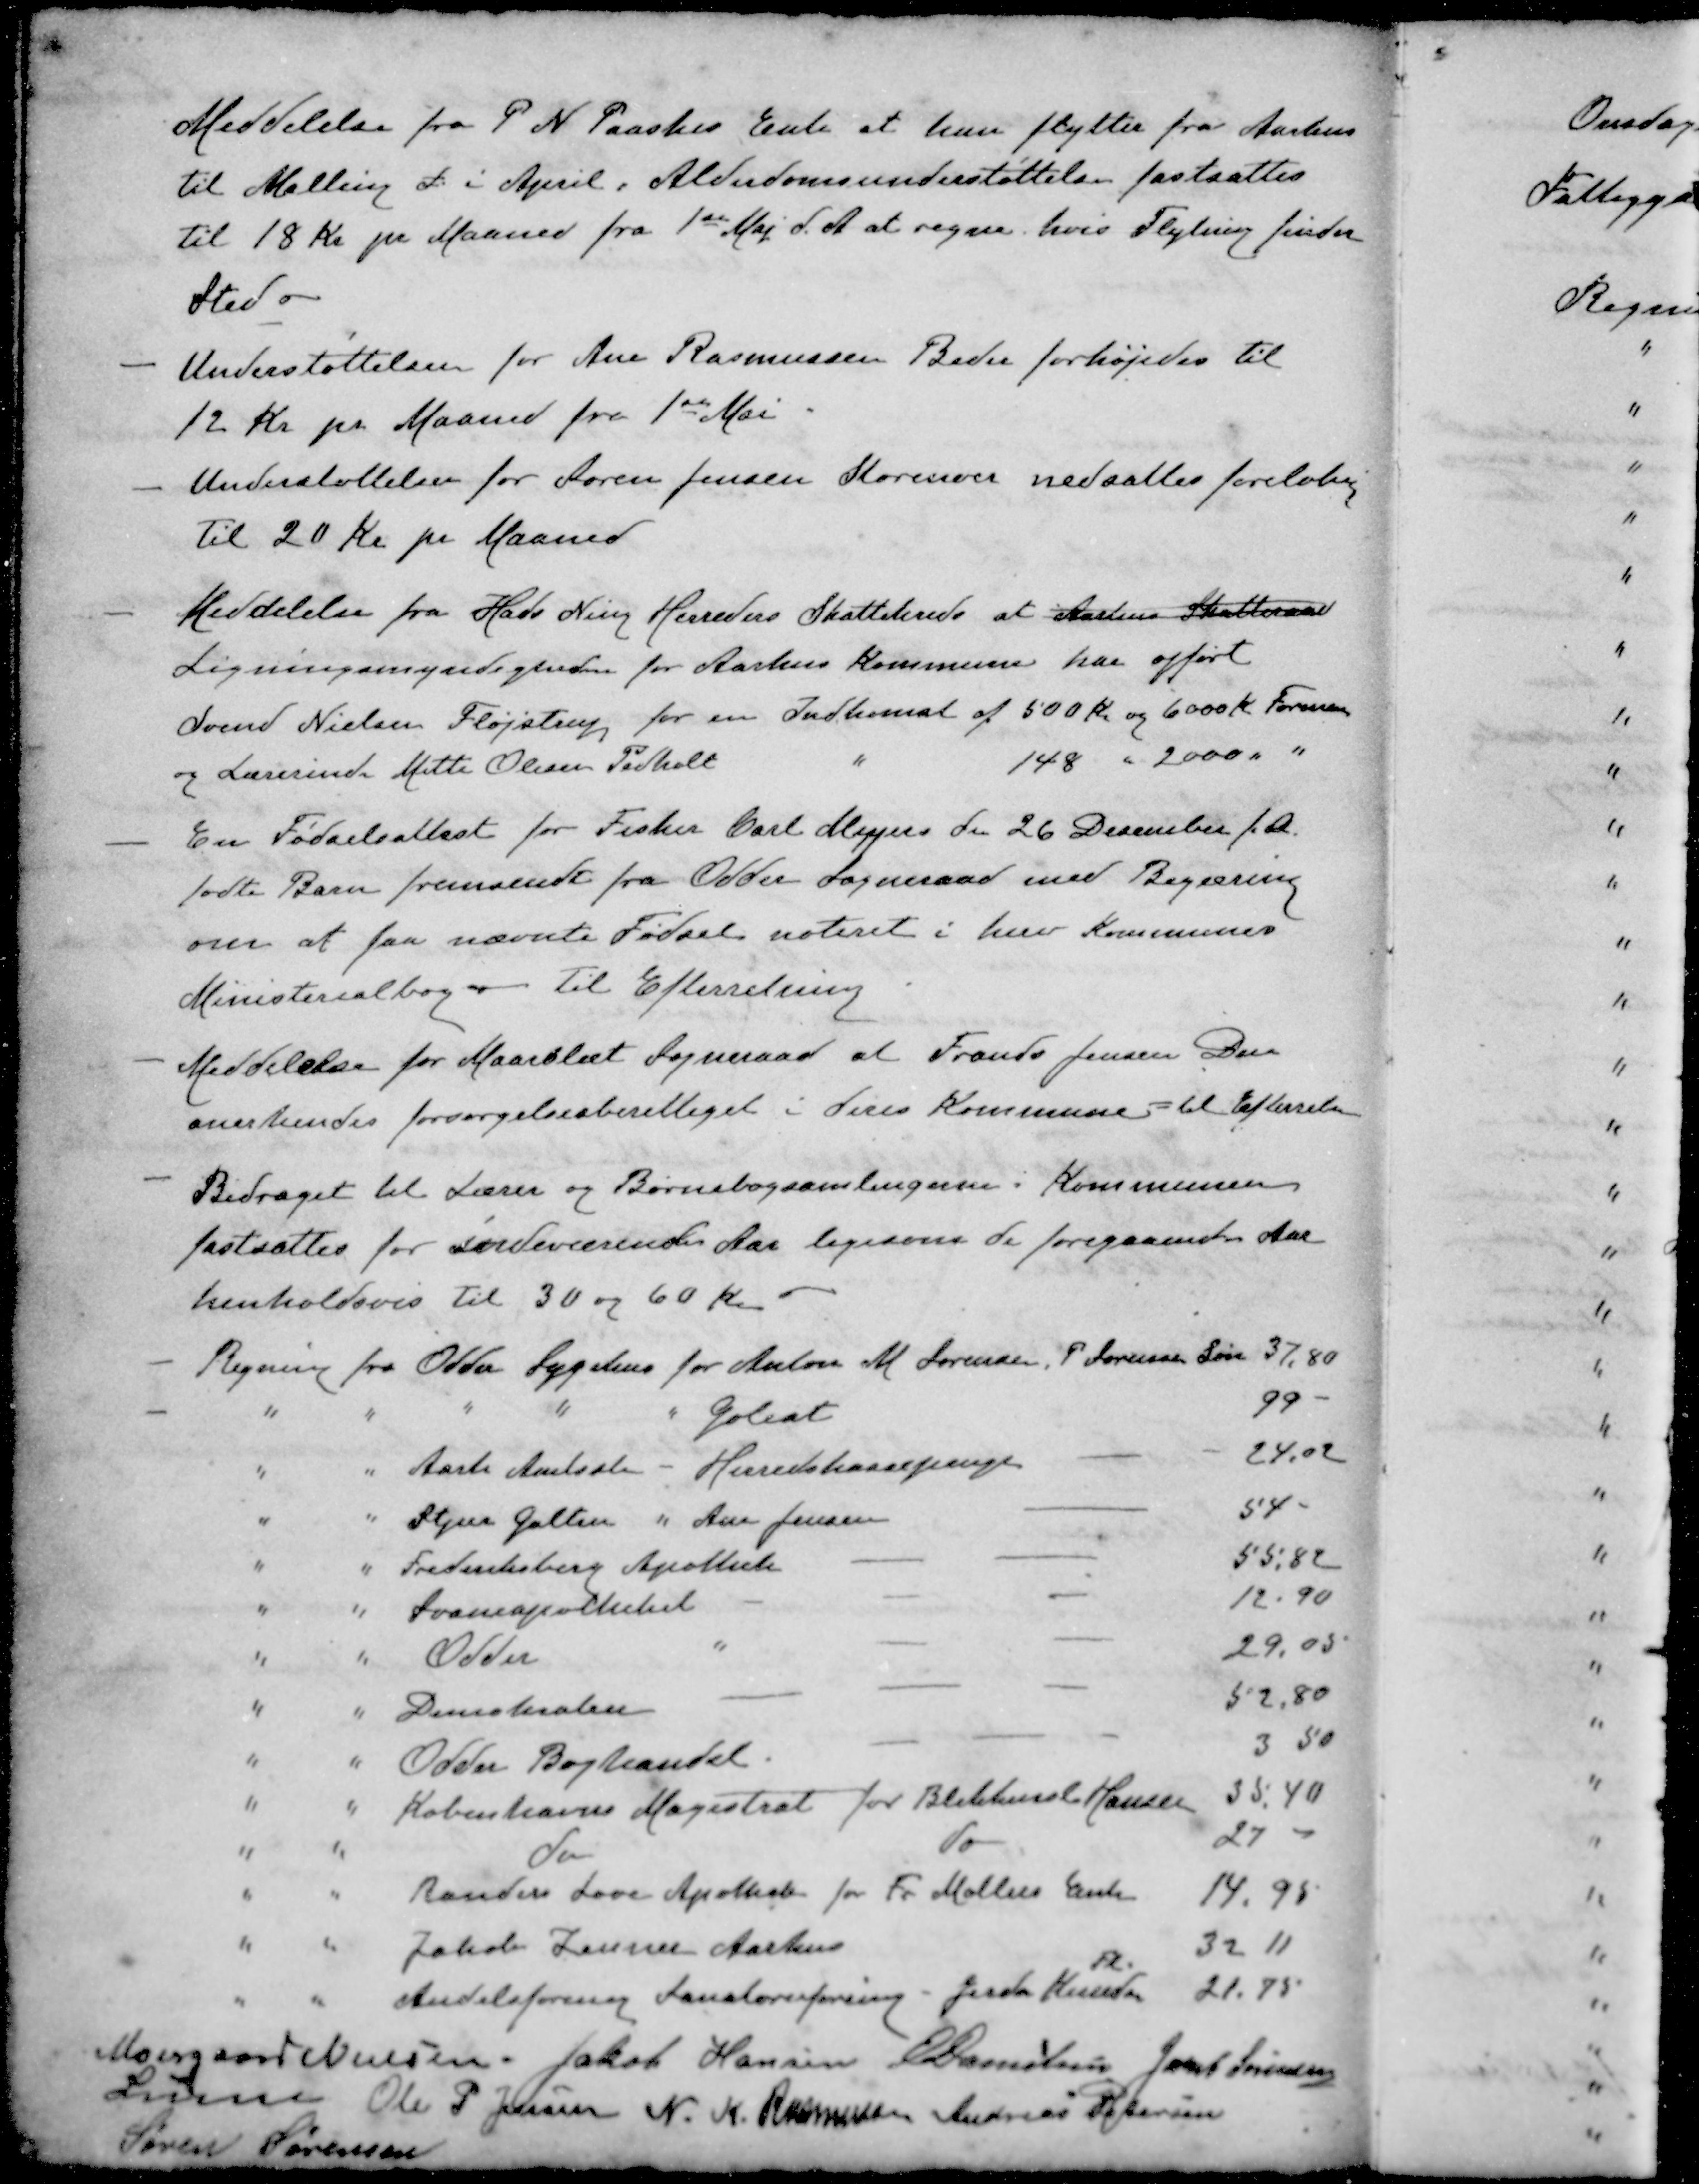
Transskription:
Meddelelse fra P. N. Paaskes Enke at hun flytter fra Aarhus
til Malling d. i April. Alderdomsunderstøttelse fastsattes
til 18 Kr pr Maaned fra 1ste Maj d. A. at regne, hvis Flytning finder
Sted -
- Understøttelsen for Ane Rasmussen Beder forhøjedes til
12 Kr pr Maaned fra 1ste Mai
- Understøttelser for Søren Jensen Storenoer nedsattes foreløbig
til 20 Kr pr Maaned
- Meddelelse fra Hads Ning Herreders Skattekreds at Aarhus Skatteraad
Ligningsmyndigheden for Aarhus Kommune har opført
Svend Nielsen Fløjstrup for en Indkomst af 500 kr og 6000 Kr. Formue
og Lærerinde Mette Olesen Pedholt " 148 " 2000 "
- En Fødselsattest for Fisker Carl Meyers den 26 December f. A.
fødte Barn fremsendt fra Odder Sogneraad med Begæring
over at faa nævnte Fødsel noteret i herv Kommunes
Ministerialbog - Til Efterretning
- Meddelelse for Maarslet Sogneraad at Frands Jensen Beder
anerkendes forsørgelsesberettiget i deres Kommunes til Efterretn
- Bidraget til Lærer og Børnebogsamlingerne i Kommunen
fastsættes for Indeværende Aar ligesom de foregaaende Aar
henholdsvis til 30 og 60 Kr.
- Regning fra Odder Sygehus for Anton M Sørensen, P Sørensen Søn 37,80
- " " " " " Goliat 99-
" " Aarh. Amtsstue - Herredskassepenge 24,02
" " Stjær Galten " Ane Jensen 54-
" " Frederiksberg Apothek 55,82
" " Svaneapotheket 12.90
" " Odder " 29,05
" " Demokraten 52,80
" " Odder Boghandel 3 50
" " Københavns Magistrat for Blikkensl Hansen 35.40
" " do do  27
" " Randers Løve Apothek for Fr Møllers Enke 14.95
" " Jakob Zeuner Aarhus 32 11
Fl
" " Andelsforening Sanatorieforening - Gerda Knudsen 21.75
Moesgaard Nielsen
Jakob Hansen
E Danielsen
Jens Sørensen
Lunn
Ole P Jensen
N. K. Rasmussen
Andreas Petersen
Søren Sørensen